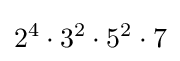
2^{4}\cdot 3^{2}\cdot 5^{2}\cdot 7